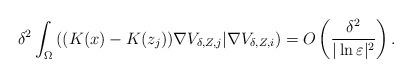
LaTeX: \begin{align*}\delta^2\int_{\Omega}\left( (K(x)-K(z_j))\nabla V_{\delta,Z,j}|\nabla V_{\delta,Z,i}\right)=O\left( \frac{\delta^2}{|\ln\varepsilon|^2}\right).\end{align*}